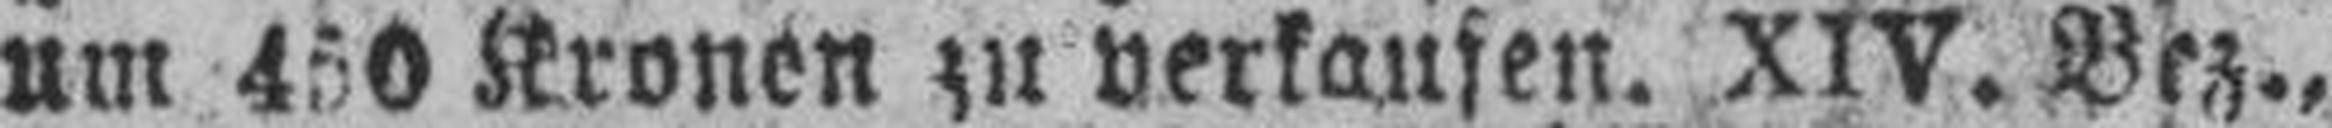
um 450 Kronen zu verkaufen. XIV. Bez.,